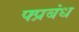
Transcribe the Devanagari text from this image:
फ्प्रबंध